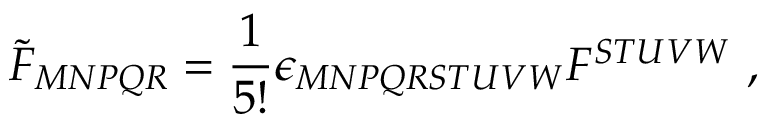
\tilde { F } _ { M N P Q R } = \frac { 1 } { 5 ! } \epsilon _ { M N P Q R S T U V W } F ^ { S T U V W } \ ,